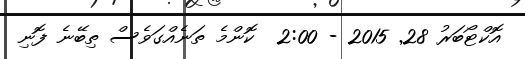
އޮކްޓޯބަރު 28